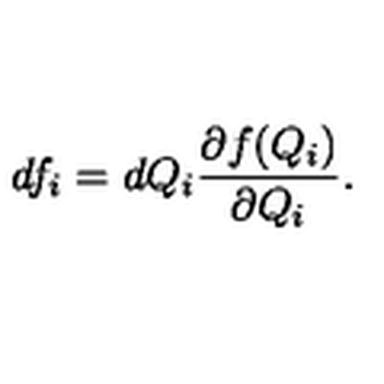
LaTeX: d f _ { i } = d Q _ { i } \frac { \partial f ( Q _ { i } ) } { \partial Q _ { i } } .